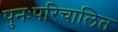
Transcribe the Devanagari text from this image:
पुनःपरिचालित